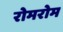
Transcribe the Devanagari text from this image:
रोमरोम